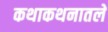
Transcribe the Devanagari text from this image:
कथाकथनातले